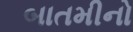
બાતમીનો